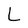
Character: L